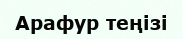
Арафур теңізі